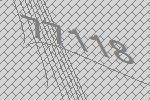
77118